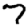
Digit: 7